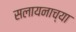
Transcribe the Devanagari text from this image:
सलायनाच्या